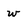
Character: w